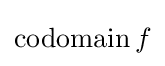
\operatorname {codomain} f